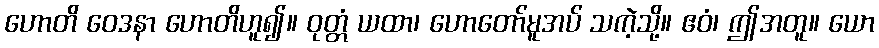
ဟောတိ ဝေဒနာ ဟောတိဟူ၍။ ဝုတ္တံ ယထာ၊ ဟောတော်မူအပ် သကဲ့သို့။ ဧဝံ၊ ဤအတူ။ ယော